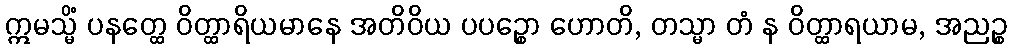
ဣမသ္မိံ ပနတ္ထေ ဝိတ္ထာရိယမာနေ အတိဝိယ ပပဉ္စော ဟောတိ, တသ္မာ တံ န ဝိတ္ထာရယာမ, အညဉ္စ